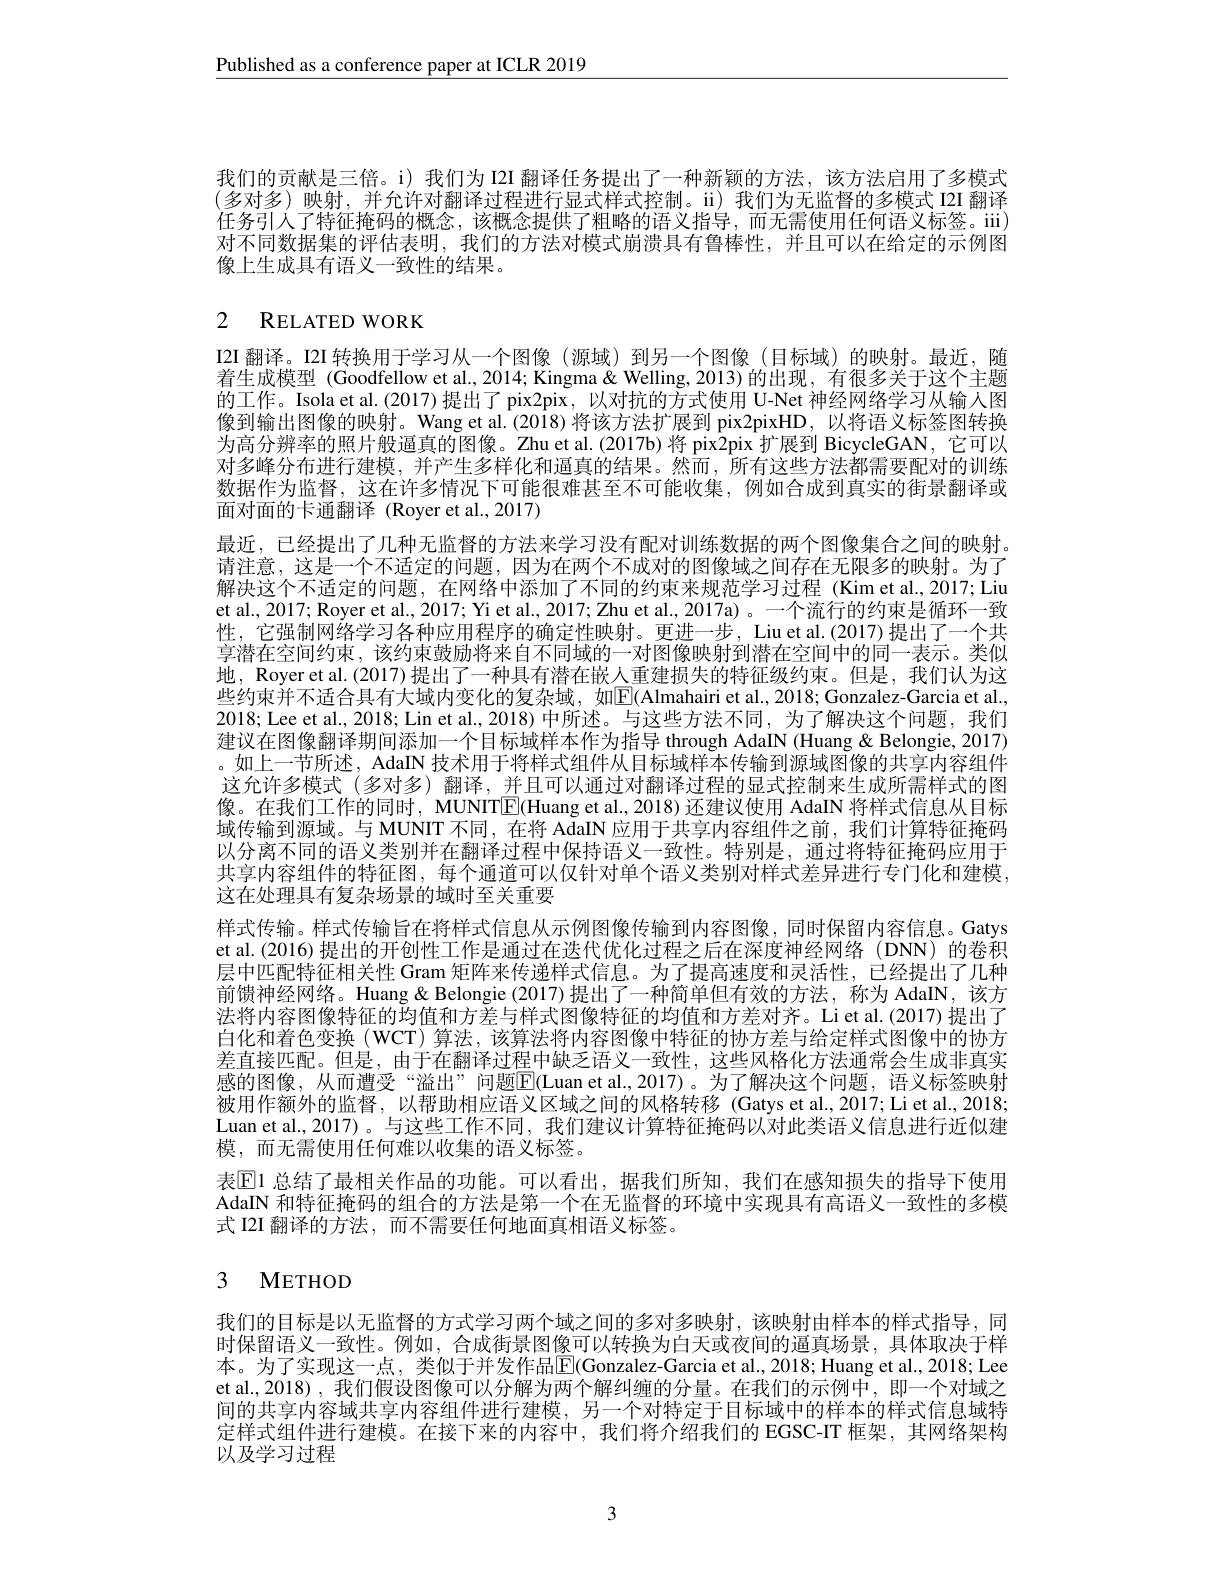
$\underline{\text{Published as a conference paper at ICLR 2019}}$

我们的贡献是三倍。i) 我们为 I2I 翻译任务提出了一种新颖的方法，该方法启用了多模式(多对多)映射，并允许对翻译过程进行显式样式控制。ii)我们为无监督的多模式 I2I 翻译任务引人了特征掩码的概念，该概念提供了粗略的语义指导，而无需使用任何语义标签。iii) 对不同数据集的评估表明，我们的方法对模式崩溃具有鲁棒性，并且可以在给定的示例图像上生成具有语义一致性的结果。

# 2 RELATED WORK

I2I 翻译。I2I 转换用于学习从一个图像 (源域) 到另一个图像 (目标域)的映射。最近，随着生成模型 (Goodfellow et al., 2014; Kingma & Welling, 2013) 的出现 , 有很多关于这个主题的工作。Isola et al.(2017) 提出了 pix2pix, 以对抗的方式使用 U-Net 神经网络学习从输入图像到输出图像的映射。Wang et al.(2018)将该方法扩展到 pix2pixHD,以将语义标签图转换为高分辨率的照片般逼真的图像。Zhu et al.(2017b) 将 pix2pix 扩展到 BicycleGAN, 它可以对多峰分布进行建模，并产生多样化和逼真的结果。然而，所有这些方法都需要配对的训练数据作为监督，这在许多情况下可能很难甚至不可能收集，例如合成到真实的街景翻译或面对面的卡通翻译 (Royer et al., 2017)
最近，已经提出了几种无监督的方法来学习没有配对训练数据的两个图像集合之间的映射。请注意，这是一个不适定的问题，因为在两个不成对的图像域之间存在无限多的映射。为了解决这个不适定的问题，在网络中添加了不同的约束来规范学习过程 (Kim et al.,2017; Liu et al., 2017; Royer et al., 2017; Yi et al., 2017; Zhu et al., 2017a) 。一个流行的约束是循环一致性，它强制网络学习各种应用程序的确定性映射。更进一步，Liu et al.(2017)提出了一个共享潜在空间约束，该约束鼓励将来自不同域的一对图像映射到潜在空间中的同一表示。类似地，Royer et al.(2017) 提出了一种具有潜在嵌人重建损失的特征级约束。但是，我们认为这些约束并不适合具有大域内变化的复杂域，如$\boxed{\mathrm{F}}($Almahairi et al.,2018;Gonzalez-Garcia et al., 2018; Lee et al., 2018; Lin et al., 2018) 中所述。与这些方法不同，为了解决这个问题，我们建议在图像翻译期间添加一个目标域样本作为指导 through AdaIN (Huang& Belongie, 2017) 。如上一节所述，AdaIN 技术用于将样式组件从目标域样本传输到源域图像的共享内容组件这允许多模式 (多对多) 翻译，并且可以通过对翻译过程的显式控制来生成所需样式的图像。在我们工作的同时，MUNIT$\boxed{\mathrm{E}}($Huang et al., 2018) 还建议使用 AdaIN 将样式信息从目标域传输到源域。与 MUNIT 不同，在将 AdaIN 应用于共享内容组件之前，我们计算特征掩码以分离不同的语义类别并在翻译过程中保持语义一致性。特别是，通过将特征掩码应用于共享内容组件的特征图，每个通道可以仅针对单个语义类别对样式差异进行专门化和建模， 这在处理具有复杂场景的域时至关重要
样式传输。样式传输旨在将样式信息从示例图像传输到内容图像，同时保留内容信息。Gatys et al.(2016) 提出的开创性工作是通过在迭代优化过程之后在深度神经网络 (DNN) 的卷积层中匹配特征相关性 Gram 矩阵来传递样式信息。为了提高速度和灵活性，已经提出了几种前馈神经网络。Huang& Belongie (2017)提出了一种简单但有效的方法，称为 AdaIN,该方法将内容图像特征的均值和方差与样式图像特征的均值和方差对齐。Li et al.(2017) 提出了白化和着色变换 (WCT) 算法，该算法将内容图像中特征的协方差与给定样式图像中的协方差直接匹配。但是 ,由于在翻译过程中缺乏语义一致性，这些风格化方法通常会生成非真实感的图像，从而遭受“溢出”问题$\boxed{\mathrm{E}}($Luan et al.,2017)。为了解决这个问题，语义标签映射被用作额外的监督，以帮助相应语义区域之间的风格转移(Gatys et al.,2017; Li et al., 2018; Luan et al., 2017)。与这些工作不同，我们建议计算特征掩码以对此类语义信息进行近似建模，而无需使用任何难以收集的语义标签。
表$\mathbb{E}$1 总结了最相关作品的功能。可以看出，据我们所知，我们在感知损失的指导下使用AdaIN 和特征掩码的组合的方法是第一个在无监督的环境中实现具有高语义一致性的多模式 I2I 翻译的方法，而不需要任何地面真相语义标签。

# 3 METHOD

我们的目标是以无监督的方式学习两个域之间的多对多映射，该映射由样本的样式指导，同时保留语义一致性。例如，合成街景图像可以转换为白天或夜间的逼真场景，具体取决于样本。为了实现这一点，类似于并发作品$\overline{\mathbb{E}}($Gonzalez-Garcia et al., 2018; Huang et al., 2018; Lee et al., 2018) , 我们假设图像可以分解为两个解纠缠的分量。在我们的示例中，即一个对域之间的共享内容域共享内容组件进行建模，另一个对特定于目标域中的样本的样式信息域特定样式组件进行建模。在接下来的内容中，我们将介绍我们的 EGSC-IT 框架，其网络架构以及学习过程

3